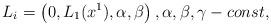
LaTeX: \begin{align*} {L}_i=\left( 0, {L}_1(x^1), \alpha, \beta\right), \alpha, \beta, \gamma - const,\end{align*}